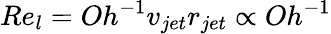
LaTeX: Re_{l}=Oh^{-1}v_{jet}r_{jet}\propto Oh^{-1}